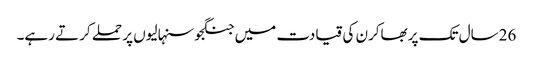
26سال تک پربھاکرن کی قیادت میں جنگجوسنہالیوں پر حملے کرتے رہے۔